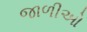
જાળીઓ